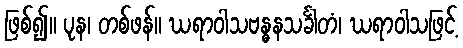
ဖြစ်၍။ ပုန၊ တစ်ဖန်။ ဃရာဝါသဗန္ဓနသင်္ခါတံ၊ ဃရာဝါသဖြင့်